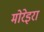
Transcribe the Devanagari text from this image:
मोरेइरा